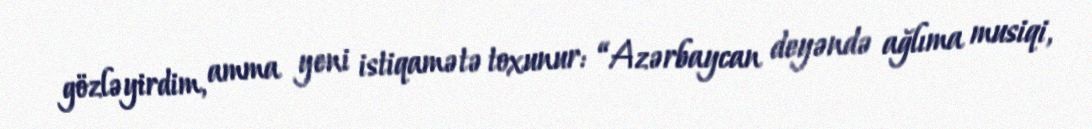
gözləyirdim, amma yeni istiqamətə toxunur: “Azərbaycan deyəndə ağlıma musiqi,